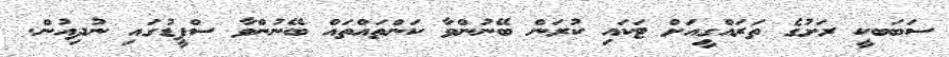
ސަބަބކީ ރަށުގެ ތަރައްގީއަށް ޓަކައި ކުރަން ބޭނުންވާ ކަންތައްތައް ބޭނުންވާ ސްޕީޑުގައި ނުދިއުން.